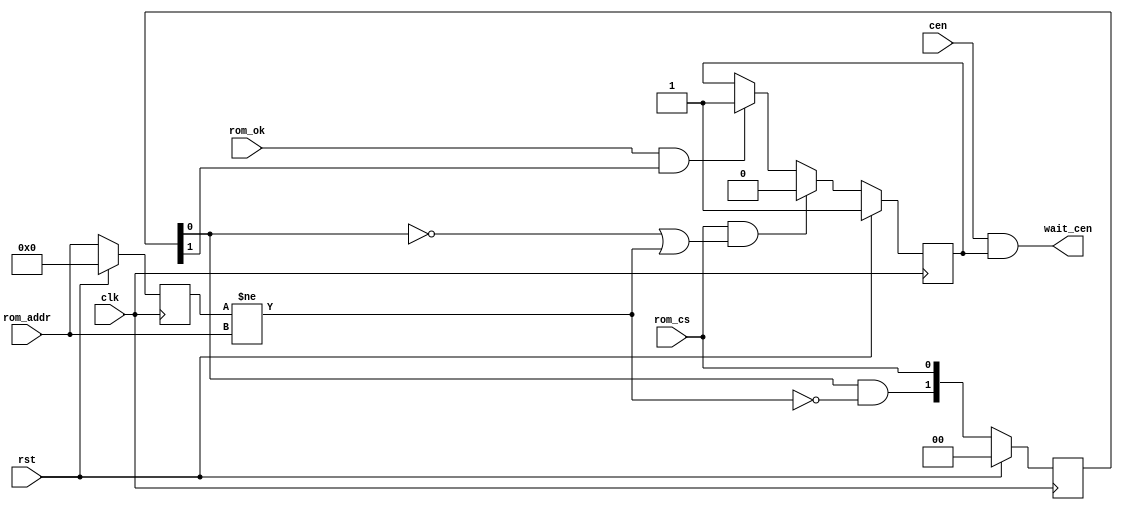
/*  This file is part of JTFRAME.
      JTFRAME program is free software: you can redistribute it and/or modify
      it under the terms of the GNU General Public License as published by
      the Free Software Foundation, either version 3 of the License, or
      (at your option) any later version.

      JTFRAME program is distributed in the hope that it will be useful,
      but WITHOUT ANY WARRANTY; without even the implied warranty of
      MERCHANTABILITY or FITNESS FOR addr PARTICULAR PURPOSE.  See the
      GNU General Public License for more details.

      You should have received a copy of the GNU General Public License
      along with JTFRAME.  If not, see <http://www.gnu.org/licenses/>.

      Author: Jose Tejada Gomez. Twitter: @topapate
      Version: 1.0
      Date: 2-6-2020

*/

// Gates the clock enable signals for two clock cycles if rom_cs 
// has risen or if the rom address has changed while rom_cs was high

// Depending on how the CPU and the rom_cs decoder logic, rom_cs might
// not toggle in between ROM address changes, so the address must be
// tracked

// if rom_cs is constantly high, rom_ok will take one clock cycle to come
// down after an address change. If the cen frequency allows for at least
// two clock cycles between two cen pulses, then checking the ROM address
// is not necessary

module jtframe_gatecen #(parameter ROMW=12)(
    input             clk,
    input             rst,
    input             cen,
    input  [ROMW-1:0] rom_addr,
    input             rom_cs,
    input             rom_ok,
    output            wait_cen
);

reg  [     1:0] last_cs;
reg  [ROMW-1:0] last_addr;
reg             waitn;
wire            new_addr = last_addr != rom_addr;

assign          wait_cen = cen & waitn;

always @(posedge clk) begin
    if( rst ) begin
        waitn     <= 1;
        last_cs   <= 0;
        last_addr <= {ROMW{1'b0}};
    end else begin
        last_cs   <= { last_cs[0] & ~new_addr, rom_cs };
        last_addr <= rom_addr;
        if( rom_cs && (!last_cs[0] || new_addr) ) waitn <= 0;
        else if( rom_ok && last_cs[1] ) waitn <= 1;
    end
end

endmodule